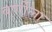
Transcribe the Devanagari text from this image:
वर्णीला